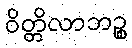
ဝိတ္တိလာဘဉ္စ